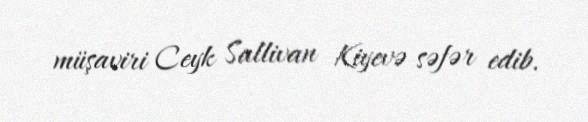
müşaviri Ceyk Sallivan Kiyevə səfər edib.